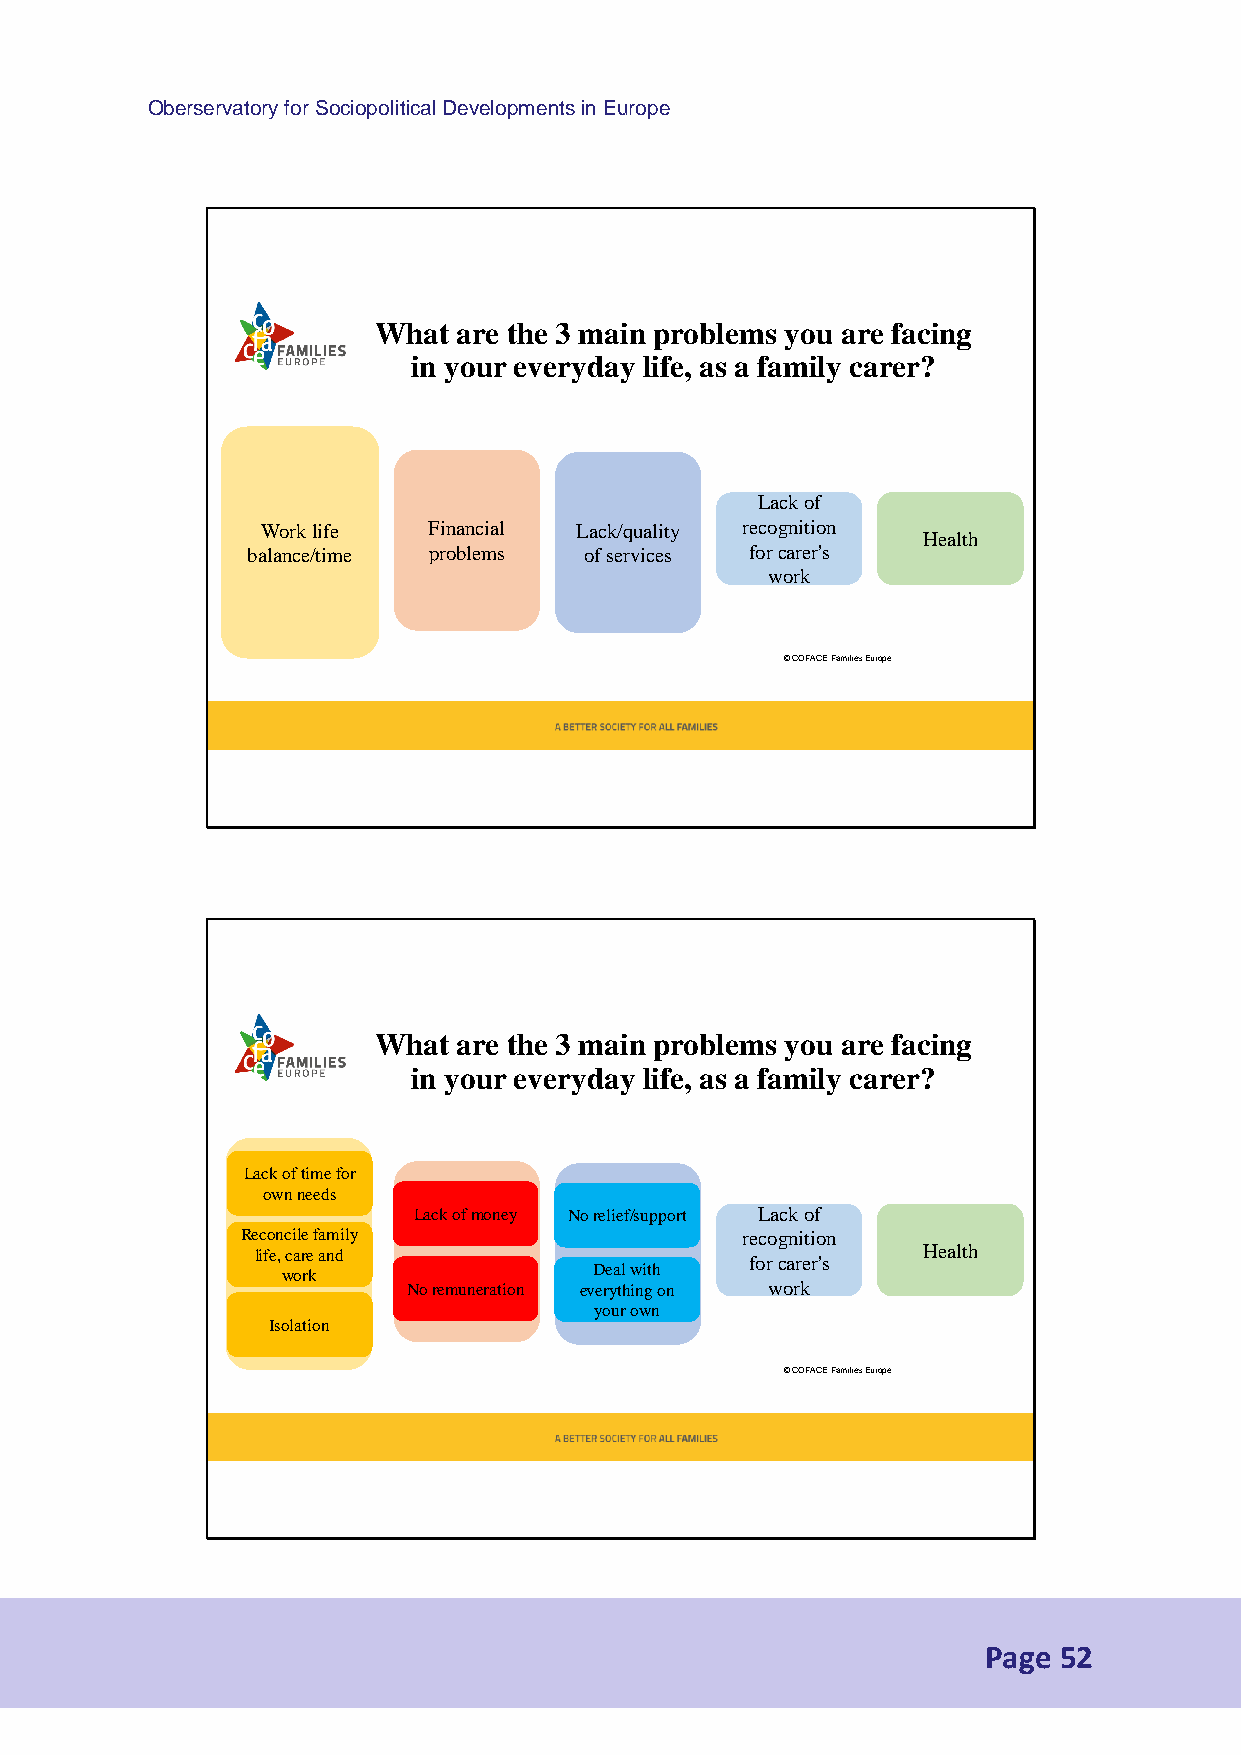
Oberservatory for Sociopolitical Developments in Europe
 What are the 3 main problems you are facing
 in your everyday life, as a family carer?
 Lack of
 Work life  Financial Lack/quality recognition
 Health
 balance/time problems  ofservices for carer's
 work
 © COFACE FamiliesEurope
 What are the 3 main problems you are facing
 in your everyday life, as a family carer?
 Lack oftime for
 own needs
 Lack ofmoney Norelief/support Lack of
 Rec Won oc ri kle lf ia fm eily Financial recognition
 life, care and                              Health
 balan wc oe rk/t ime problems Deal with for carer's
 Noremuneration everything on work
 your own
 Isolation
 © COFACE FamiliesEurope
 Page 52